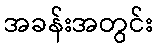
အခန်းအတွင်း